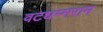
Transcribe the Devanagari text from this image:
वटधम्मराम